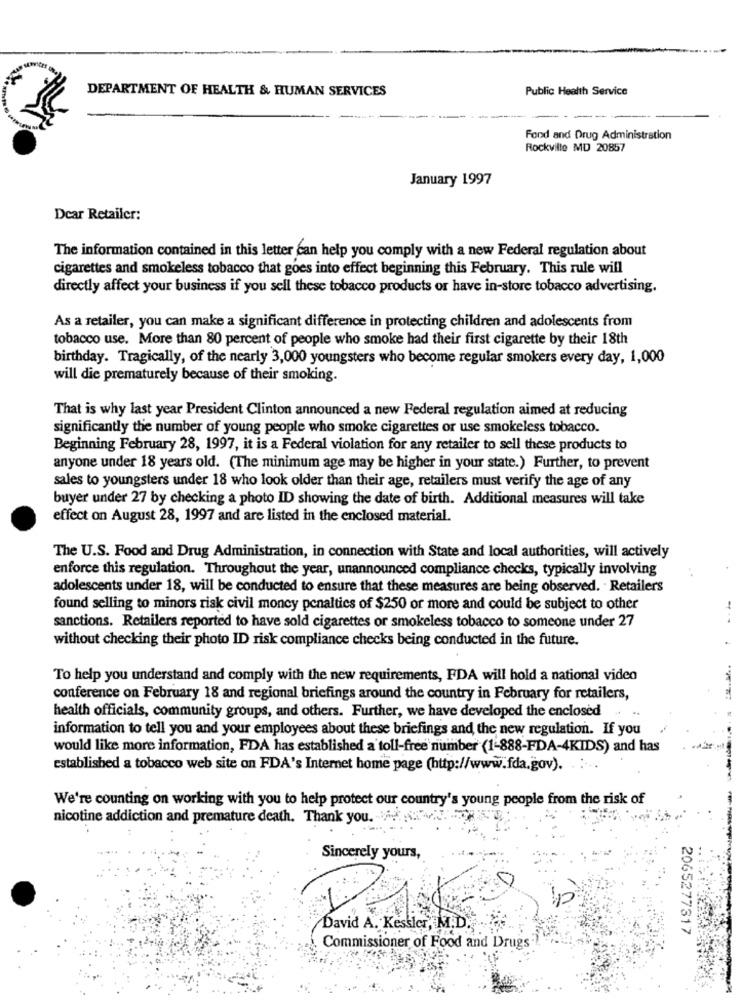
DEPARTMENT OF HEALTH & HUMAN SERVICES
Public Health Service
Food and Drug Administration
Rockville MD 20857
January 1997
Dear Retailer:
The information contained in this letter can help you comply with a new Federal regulation about
cigarettes and smokeless tobacco that goes into effect beginning this February. This rule will
directly affect your business if you sell these tobacco products or have in-store tobacco advertising.
As a retailer, you can make a significant difference in protecting children and adolescents from
tobacco use. More than 80 percent of people who smoke had their first cigarette by their 18th
birthday. Tragically, of the nearly 3,000 youngsters who become regular smokers every day, 1,000
will die prematurely because of their smoking.
That is why last year President Clinton announced a new Federal regulation aimed at reducing
significantly the number of young people who smoke cigarettes or use smokeless tobacco.
Beginning February 28, 1997, it is a Federal violation for any retailer to sell these products to
anyone under 18 years old. (The minimum age may be higher in your state.) Further, to prevent
sales to youngsters under 18 who look older than their age, retailers must verify the age of any
buyer under 27 by checking a photo ID showing the date of birth. Additional measures will take
effect on August 28, 1997 and are listed in the enclosed material.
The U.S. Food and Drug Administration, in connection with State and local authorities, will actively
enforce this regulation. Throughout the year, unannounced compliance checks, typically involving
adolescents under 18, will be conducted to ensure that these measures are being observed. · Retailers
found selling to minors risk civil moncy penalties of $250 or more and could be subject to other
sanctions. Retailers reported to have sold cigarettes or smokeless tobacco to someone under 27
without checking their photo ID risk compliance checks being conducted in the future.
To help you understand and comply with the new requirements, FDA will hold a national video
conference on February 18 and regional briefings around the country in February for retailers,
health officials, community groups, and others. Further, we have developed the enclosed
information to tell you and your employees about these briefings and the new regulation. If you
would like more information, FDA has established a toll-free number (1-888-FDA-4KIDS) and has
established a tobacco web site on FDA's Internet home page (http://www.fda.gov).
We're counting on working with you to help protect our country's young people from the risk of
nicotine addiction and premature death. Thank you. .......
Sincerely yours,
David A. Kessler, M.D.
2065277317
Commissioner of Food and Drugs ..